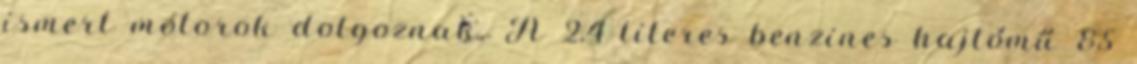
ismert motorok dolgoznak. A 2,4 literes benzines hajtómű 85